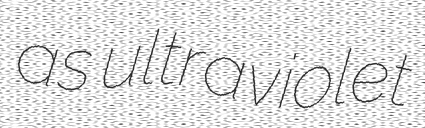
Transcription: as ultraviolet